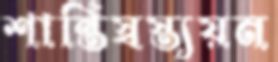
শান্তিস্বস্ত্যয়ন